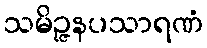
သမိဉ္ဇနပသာရဏံ